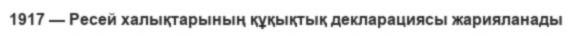
1917 — Ресей халықтарының құқықтық декларациясы жарияланады